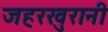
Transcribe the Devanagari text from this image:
जहरखुरानी